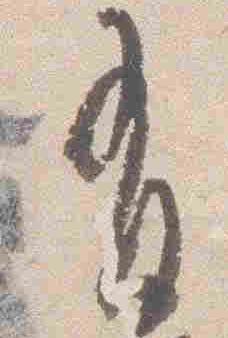
有